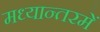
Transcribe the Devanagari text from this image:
मध्यान्तरमें